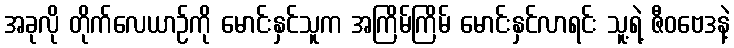
အခုလို တိုက်လေယာဉ်ကို မောင်းနှင်သူက အကြိမ်ကြိမ် မောင်းနှင်လာရင်း သူ့ရဲ့ ဇီဝဗေဒနဲ့